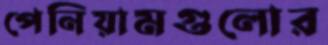
পেনিয়ামগুলোর